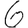
Digit: 6